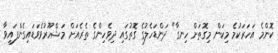
ކޮންމެ އަހަރަކުމެ މިކަން މިގޮތަށް ހިނގާ" ދަންޑަހެލުގެ ގޮތުގައި ދިވެހިންގެ ތެރެއަށް މަޝްހޫރުވެވަޑައިގެންފައިވާ